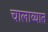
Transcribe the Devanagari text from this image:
चालाव्यात